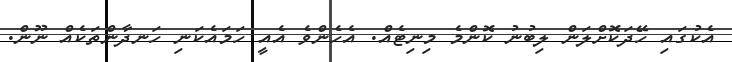
އެކުގައި ހޭދަކޮށްލަން ލިބުނު ކޮންމެ މިނިޓެއް. އެހެންވެ އެއީ ހަމައެކަނި ހަނދާންތަކެއް ނޫން.